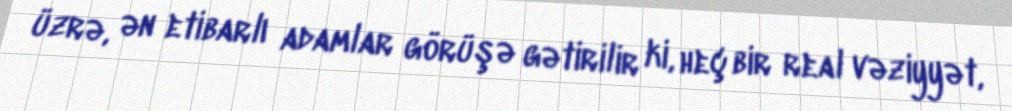
üzrə, ən etibarlı adamlar görüşə gətirilir ki, heç bir real vəziyyət,